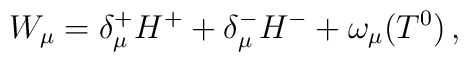
W_\mu = \delta_{\mu}^+ H^+ + \delta_{\mu}^- H^- +\omega_\mu (T^0 )\,,